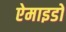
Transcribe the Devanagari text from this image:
ऐमाइडों